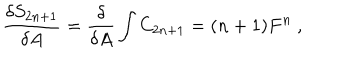
\frac { \delta S _ { 2 n + 1 } } { \delta A } = \frac { \delta } { \delta A } \int C _ { 2 n + 1 } = ( n + 1 ) F ^ { n } \ ,